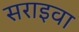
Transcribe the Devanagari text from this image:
सराइवा